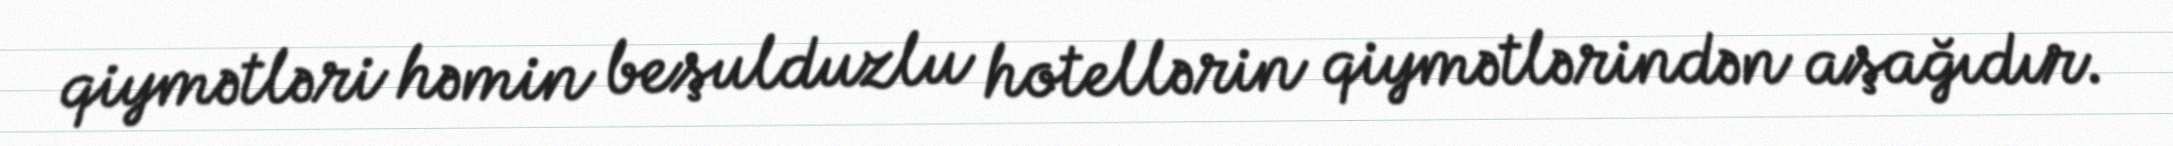
qiymətləri həmin beşulduzlu hotellərin qiymətlərindən aşağıdır.